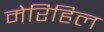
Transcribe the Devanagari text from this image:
मेरिहिल